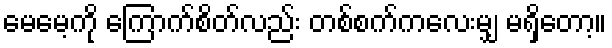
မေမေ့ကို ကြောက်စိတ်လည်း တစ်စက်ကလေးမျှ မရှိတော့။